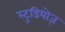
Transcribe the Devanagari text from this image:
स्टुडियोज़